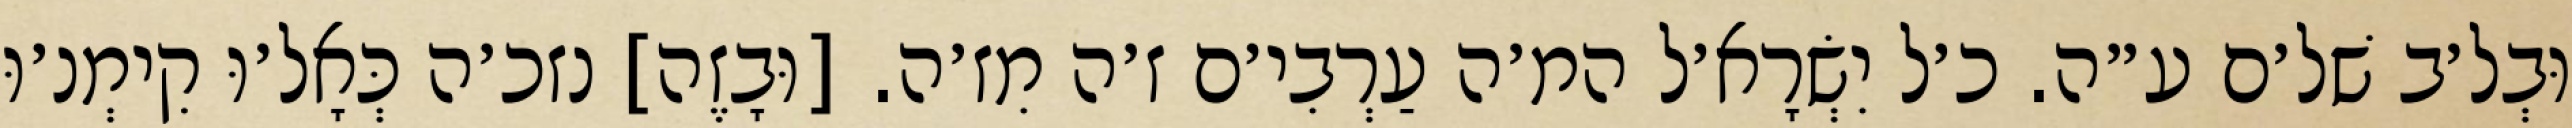
וּבְל׳ב שׁל׳ם ע״ה. כ׳ל יִשְׂרָא׳ל המ׳ה עַרְבִי׳ם ז׳ה מִז׳ה. [וּבָזֶה] נזכ׳ה כְּאָל׳וּ קִימְנ׳וּ